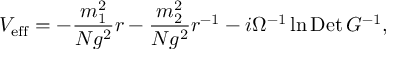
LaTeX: V _ { \mathrm { e f f } } = - \frac { m _ { 1 } ^ { 2 } } { N g ^ { 2 } } r - \frac { m _ { 2 } ^ { 2 } } { N g ^ { 2 } } r ^ { - 1 } - i \Omega ^ { - 1 } \ln \mathrm { D e t } \, G ^ { - 1 } ,